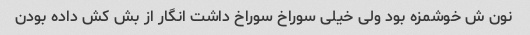
نون ش خوشمزه بود ولی خیلی سوراخ سوراخ داشت انگار از بش کش داده بودن